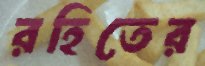
রহিতের